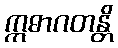
ဣဓာဂတန္တိ